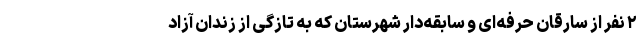
۲ نفر از سارقان حرفه‌ای و سابقه‌دار شهرستان که به تازگی از زندان آزاد